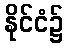
နိုင်ငံ၌